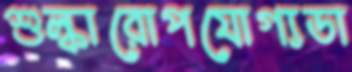
শুল্কারোপযোগ্যডা